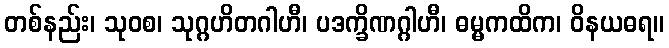
တစ်နည်း၊ သုဝစ၊ သုဂ္ဂဟိတဂါဟီ၊ ပဒက္ခိဏဂ္ဂါဟီ၊ ဓမ္မကထိက၊ ဝိနယဓရ။